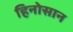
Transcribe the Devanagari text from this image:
हिनोसान